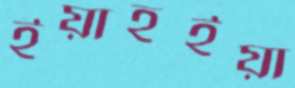
ইয়াহইয়া